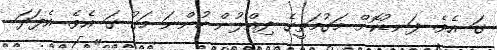
ގަ އެވެ. ފަނޑުކޮށް މަގުމަތީގެ ދިއްލުން ހުންނަ މަގު ގަ އެވެ. އެފަދަ